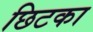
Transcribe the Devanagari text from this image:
छिटका